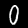
Label: 0